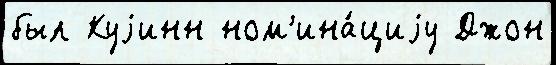
был Куjинн ном'ина́циjу Джон